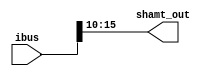
`timescale 1ns / 1ps
//////////////////////////////////////////////////////////////////////////////////
// Aryan Mehrotra
// 
// Module Name: shamt 
// Description: Pulls out shift amount from R-Type instructions
// Project Name: Final Project
//////////////////////////////////////////////////////////////////////////////////


module shamt(ibus, shamt_out);
    input[31:0] ibus;
    output[5:0] shamt_out;
    
    assign shamt_out = ibus[15:10];
endmodule